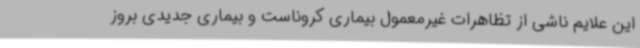
این علایم ناشی از تظاهرات غیرمعمول بیماری کروناست و بیماری جدیدی بروز